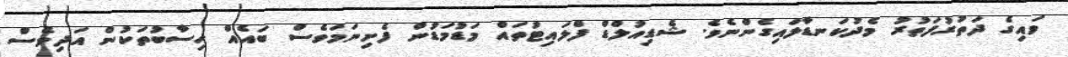
ވައިގެ ދަތުރުފަތުރު މެދުކަނޑާލައިގެންނެވެ. ޝެޑިއުލްޑް ފްލައިޓުތައް މަޑުމަޑުން ފެށިނަމަވެސް ބައެއް ހިސާބުތަކުން އަދިވެސް